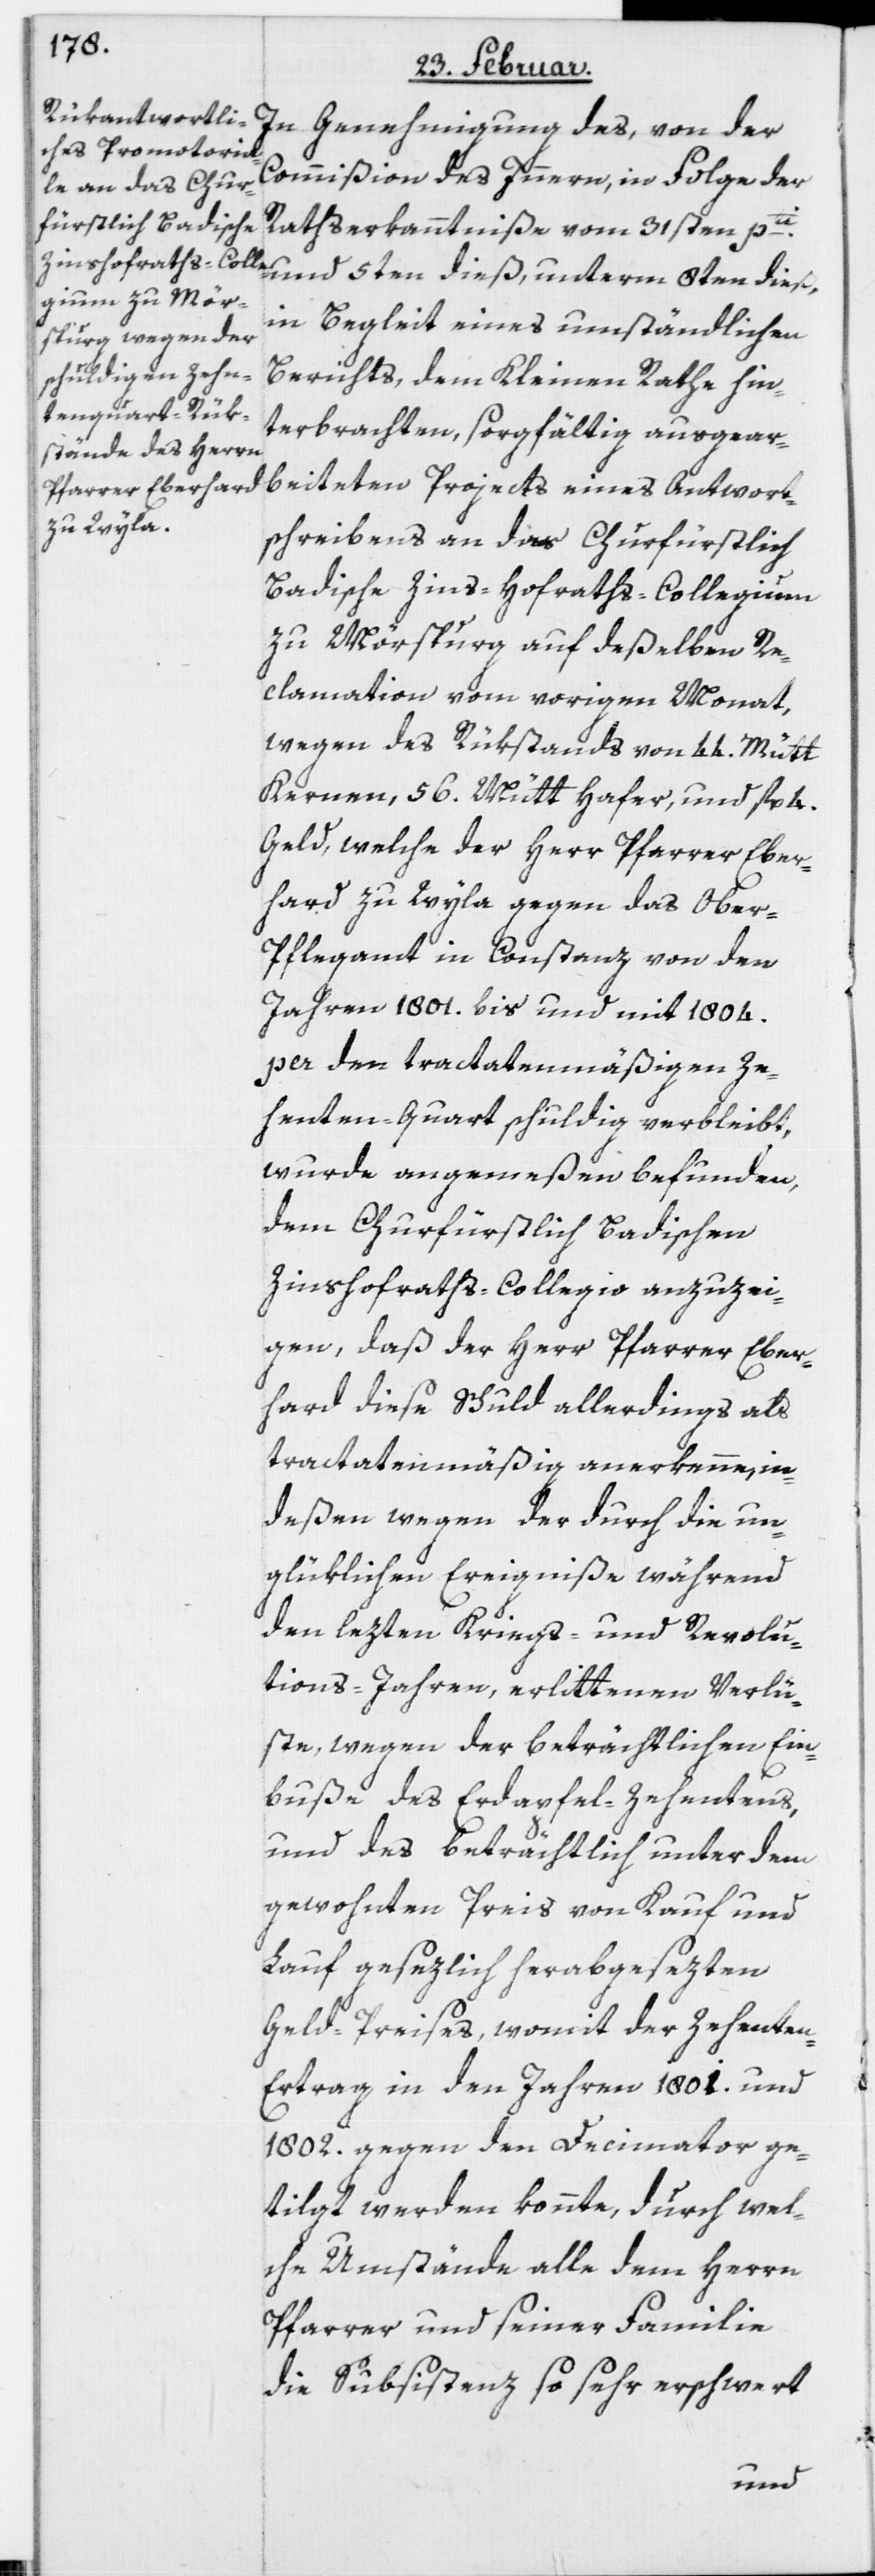
In Genehmigung des, von der
Commißion des Innern, in Folge der
Rathserkanntniße vom 31sten pti.
und 5ten dieß, unterm 8ten dieß,
in Begleit eines umständlichen
Berichts, dem Kleinen Rathe hin¬
terbrachten, sorgfältig ausgear¬
beiteten Projects eines Antwort¬
schreibens an das Churfürstlich
Badische Zins-Hofraths-Collegium
zu Mörspurg auf deßelben Re¬
clamation vom vorigen Monat,
wegen des Rükstands von 44. Mütt
Kernen, 56. Mütt Hafer, und fl. 4.
Geld, welche der Herr Pfarrer Eber¬
hard zu Wyla gegen des Ober-P¬
flegamt in Constanz von den
Jahren 1801. bis und mit 1804.
per den tractatenmäßigen Ze¬
henten-Quart schuldig verbleibt,
wurde angemeßen befunden,
dem Churfürstlich Badischen
Zinshofraths-Collegio anzuzei¬
gen, daß der Herr Pfarrer Eber¬
hard diese Schuld allerdings als
tractatenmäßig anerkenne, in¬
deßen wegen der durch die un¬
glüklichen Ereigniße während
den lezten Kriegs- und Revolu¬
tions-Jahren, erlittenen Verlü¬
ste, wegen der beträchtlichen Ein¬
buße des Erdapfel-Zehentens,
und des beträchtlich unter dem
gewohnten Preis von Kauf und
Lauf gesezlich herabgesezten
Geld-Preises, womit der Zehente¬
n-Ertrag in den Jahren 1801. und
1802. gegen den Decimator ge¬
tilgt werden konnte, durch wel¬
che Umstände alle dem Herrn
Pfarrer und seiner Familie
die Subsistenz so sehr erschwert